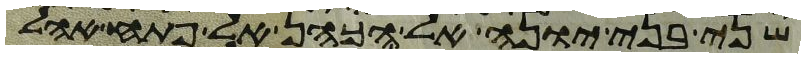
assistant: שני בני יונה אל הכהן אל פתח אהל